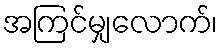
အကြင်မျှလောက်၊